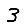
Digit: 3